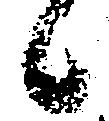
候